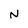
Character: N